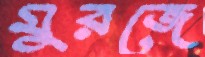
মুরজে